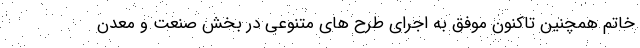
خاتم همچنین تاکنون موفق به اجرای طرح های متنوعی در بخش صنعت و معدن